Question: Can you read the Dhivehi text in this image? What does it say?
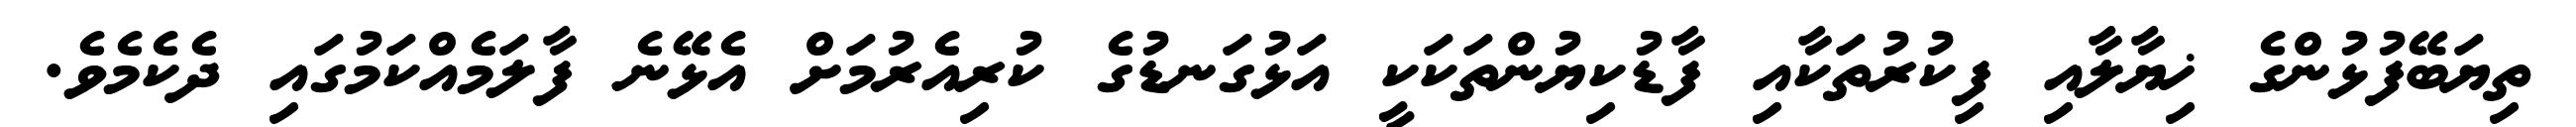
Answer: ތިޔަބޭފުޅުންގެ ޚިޔާލާއި ފިކުރުތަކާއި ފާޑުކިޔުންތަކަކީ އަޅުގަނޑުގެ ކުރިއެރުމަށް އެޅޭނެ ފާލަމެއްކަމުގައި ދެކެމެވެ.